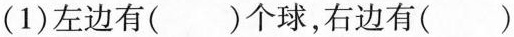
(1)左边有( )个球，右边有( )